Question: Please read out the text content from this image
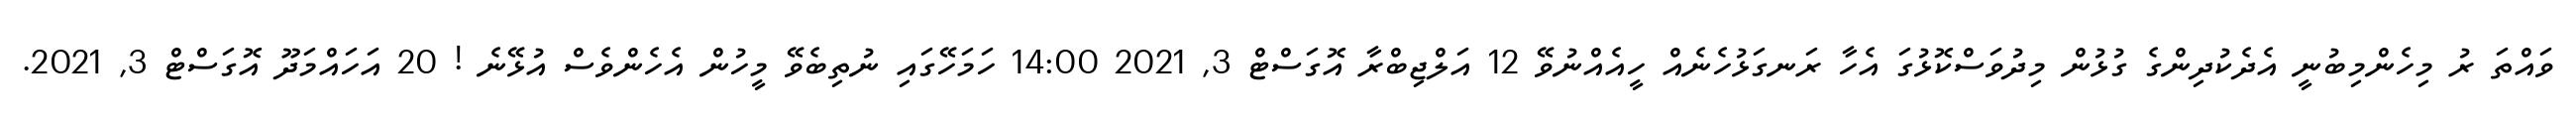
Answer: ވައްތަ ރު މިހެންމިބުނީ އެދެކުދިންގެ ގުޅުން މިދުވަސްކޮޅުގަ އެހާ ރަނގަޅުހެނެއް ހީއެއްނުވޭ 12 އަލްޖިބްރާ އޮގަސްޓް 3, 2021 14:00 ހަމަހޭގައި ނުތިބެވޭ މީހުން އެހެންވެސް އުޅޭނެ ! 20 އަހައްމަދޫ އޮގަސްޓް 3, 2021.